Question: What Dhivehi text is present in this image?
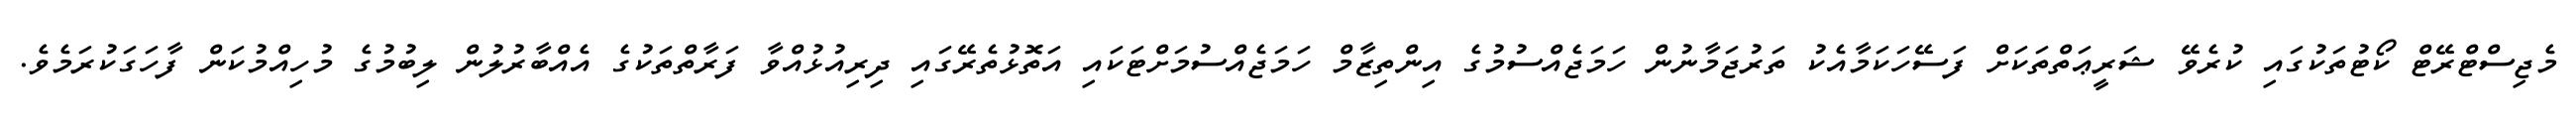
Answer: މެޖިސްޓްރޭޓް ކޯޓުތަކުގައި ކުރެވޭ ޝަރީޢަތްތަކަށް ފަސޭހަކަމާއެކު ތަރުޖަމާނުން ހަމަޖެއްސުމުގެ އިންތިޒާމް ހަމަޖެއްސުމަށްޓަކައި އަތޮޅުތެރޭގައި ދިރިއުޅުއްވާ ފަރާތްތަކުގެ އެއްބާރުލުން ލިބުމުގެ މުހިއްމުކަން ފާހަގަކުރަމެވެ.